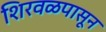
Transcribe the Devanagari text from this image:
शिरवळपासून